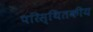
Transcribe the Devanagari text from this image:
परिस्थितकीय